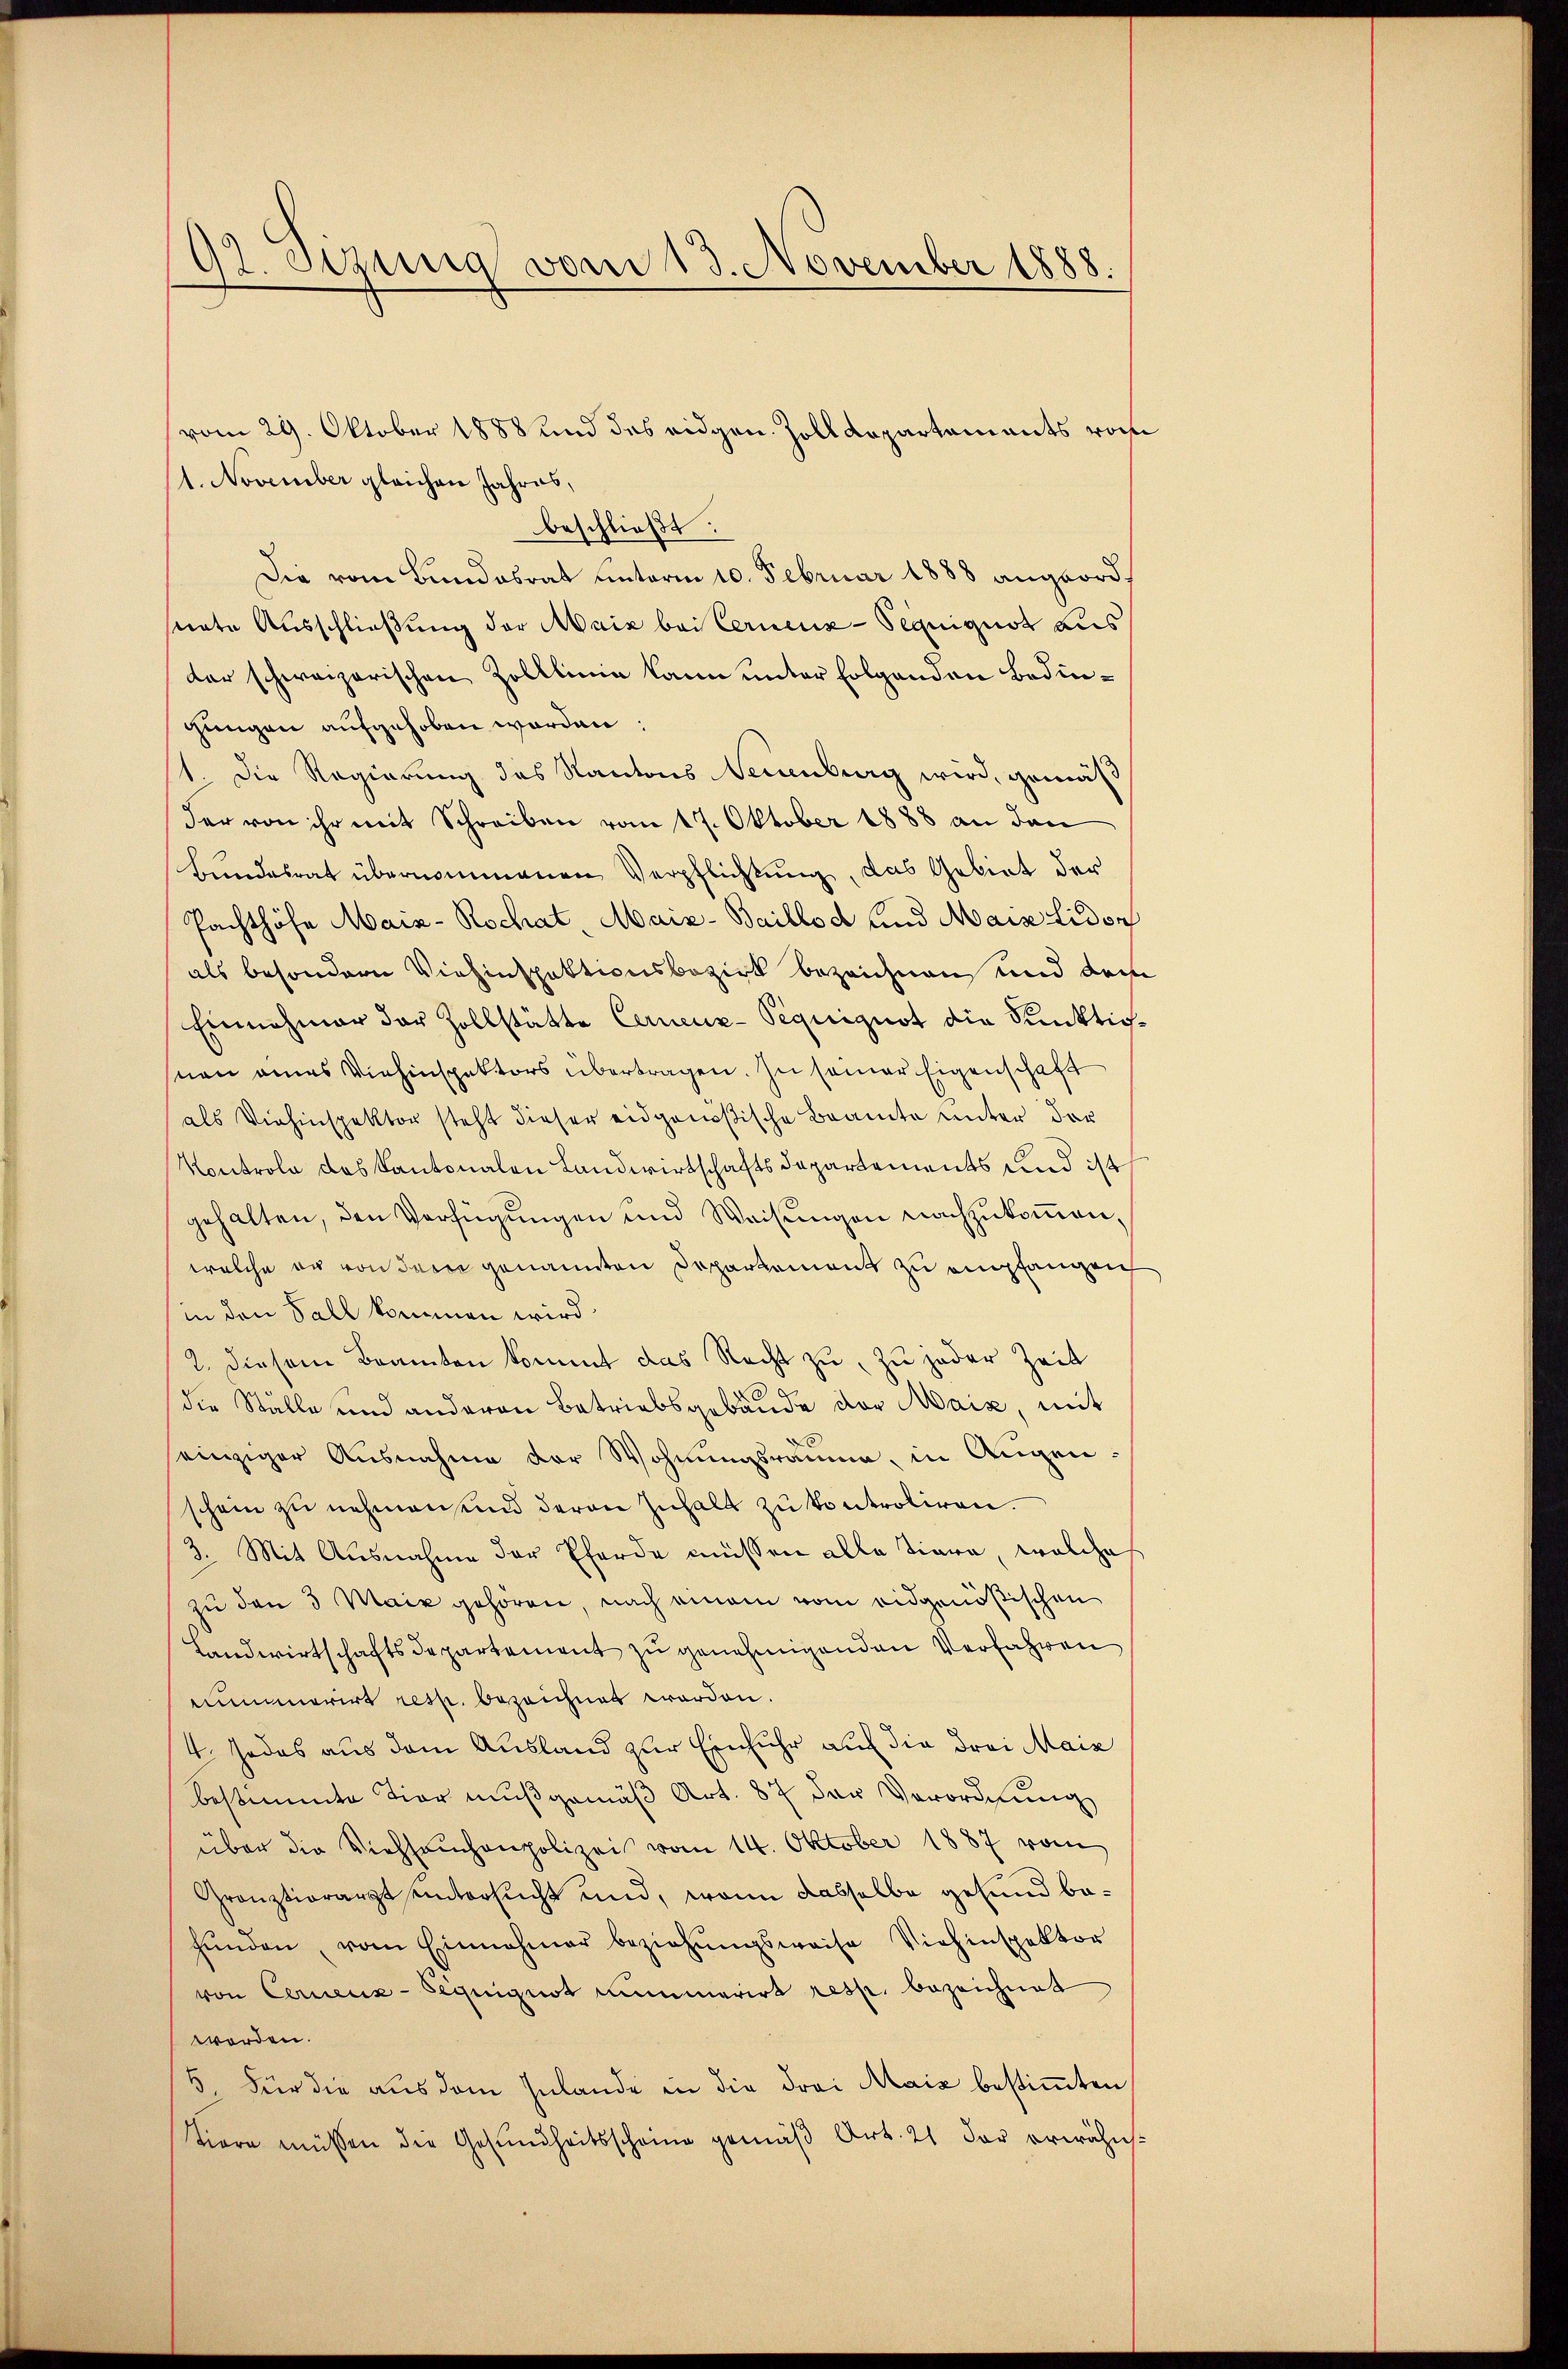
92. Setzung vom 13. November 1888.

1. November gleichen Jahres,
beschließt:
Die vom Bundesrat unterm 10. Februar 1888 angeordmnate Ausschließung der Maiz bei Cernenz-Sequigust aus
der schweizerischen Zolllinie kann unter folgenden Bedingungen aufgehoben worden.
1. Die Regierung des Kantons Neuenburg wird, gemäß
der von ihr mit Schreiben vom 17. Oktober 1888 an den
Bundesrat übernommenen Verpflichtung, das Gebiet der
Pachthöfe Maiz-Rochat. Maiz-Baillod und Mais lidon
als besondern Viehinspektionsbezirk bezeichnen und den
Einnahmer der Zollstätte Cerneuz-Pequiguot die Punktignan eines Viehinspektors übertragen. In seiner Eigenschaft
als Viehinspektor steht dieser eidgenößische Braute unter der
Kontrole das Kantonalen Landwirtschaftsdepartements und 14
gehalten, den Verfügungen und Weisungen nachzukommen,
welche er von dem genannten Departement zu empfangen
in den Fall kommen wird.
2. diesem Beamten kommt das Recht zu, zu jeder Zeit
20
die Ställe und anderen Betriebsgebäude der Maiz, mit
seinziger Ausnahme der Wohnungsraume, in Augenschein zu nehmen sind deren Inhalt zu kontroliren.
3. Mit Ausnahme der Pferde müssen alle Tiera, welche
zu den 3 Maiz gehören, nach einem vom eidgenößischen
Landwirtschaftsdepartement zu genehmigenden Verfahren
nummerirt resp. bezeichnet worden.
4. Jedes aus dem Ausland zur Einfuhr auf die drei Mais
bestimmte Tier muß gemäß Art. 87 der Verordnung
über die Viehseuchenpolizei vom 14. Oktober 1887 vom
Gränztiorarzt untersucht und, wenn dasselbe gesund behŭnden, vom Einnahmer beziehŭngsweise Viehinspektor
von Cernenz-Siguignot immerirt resp. bezeichnet
worden.
5 Für die aus dem Inlande in die Frei Maiz bestimmten
tiere müssen die Gesundheitsscheine gemäß Art. 21 der erwähn¬

(vom 29. Oktober 1888 und das eidgen. Zolldepartements von